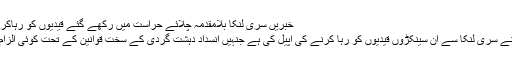
خبریں سری لنکا بلامقدمہ چلائے حراست میں رکھے گئے قیدیوں کو رہاکرے: ایمنسٹی انٹرنیشنل مارچ 09, 2011
انسانی حقوق کی ایک بین الاقوامی تنظیم نے سری لنکا سے ان سینکڑوں قیدیوں کو رہا کرنے کی اپیل کی ہے جنہیں انسداد دہشت گردی کے سخت قوانین کے تحت کوئی الزام لگائے بغیر حراست میں رکھا جارہاہے۔